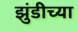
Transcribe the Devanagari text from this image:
झुंडीच्या